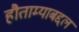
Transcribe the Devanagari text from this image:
हौताम्याबद्दल